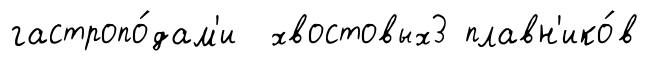
гастропо́дам'и хвостовых3 плавн'ико́в